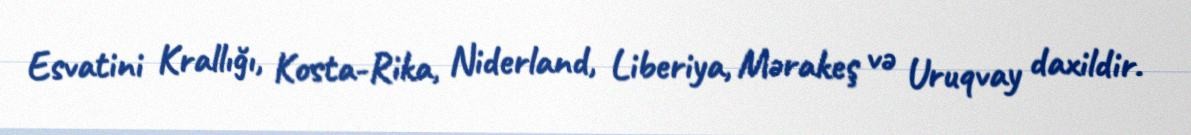
Esvatini Krallığı, Kosta-Rika, Niderland, Liberiya, Mərakeş və Uruqvay daxildir.